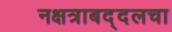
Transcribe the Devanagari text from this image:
नक्षत्राबद्दलचा